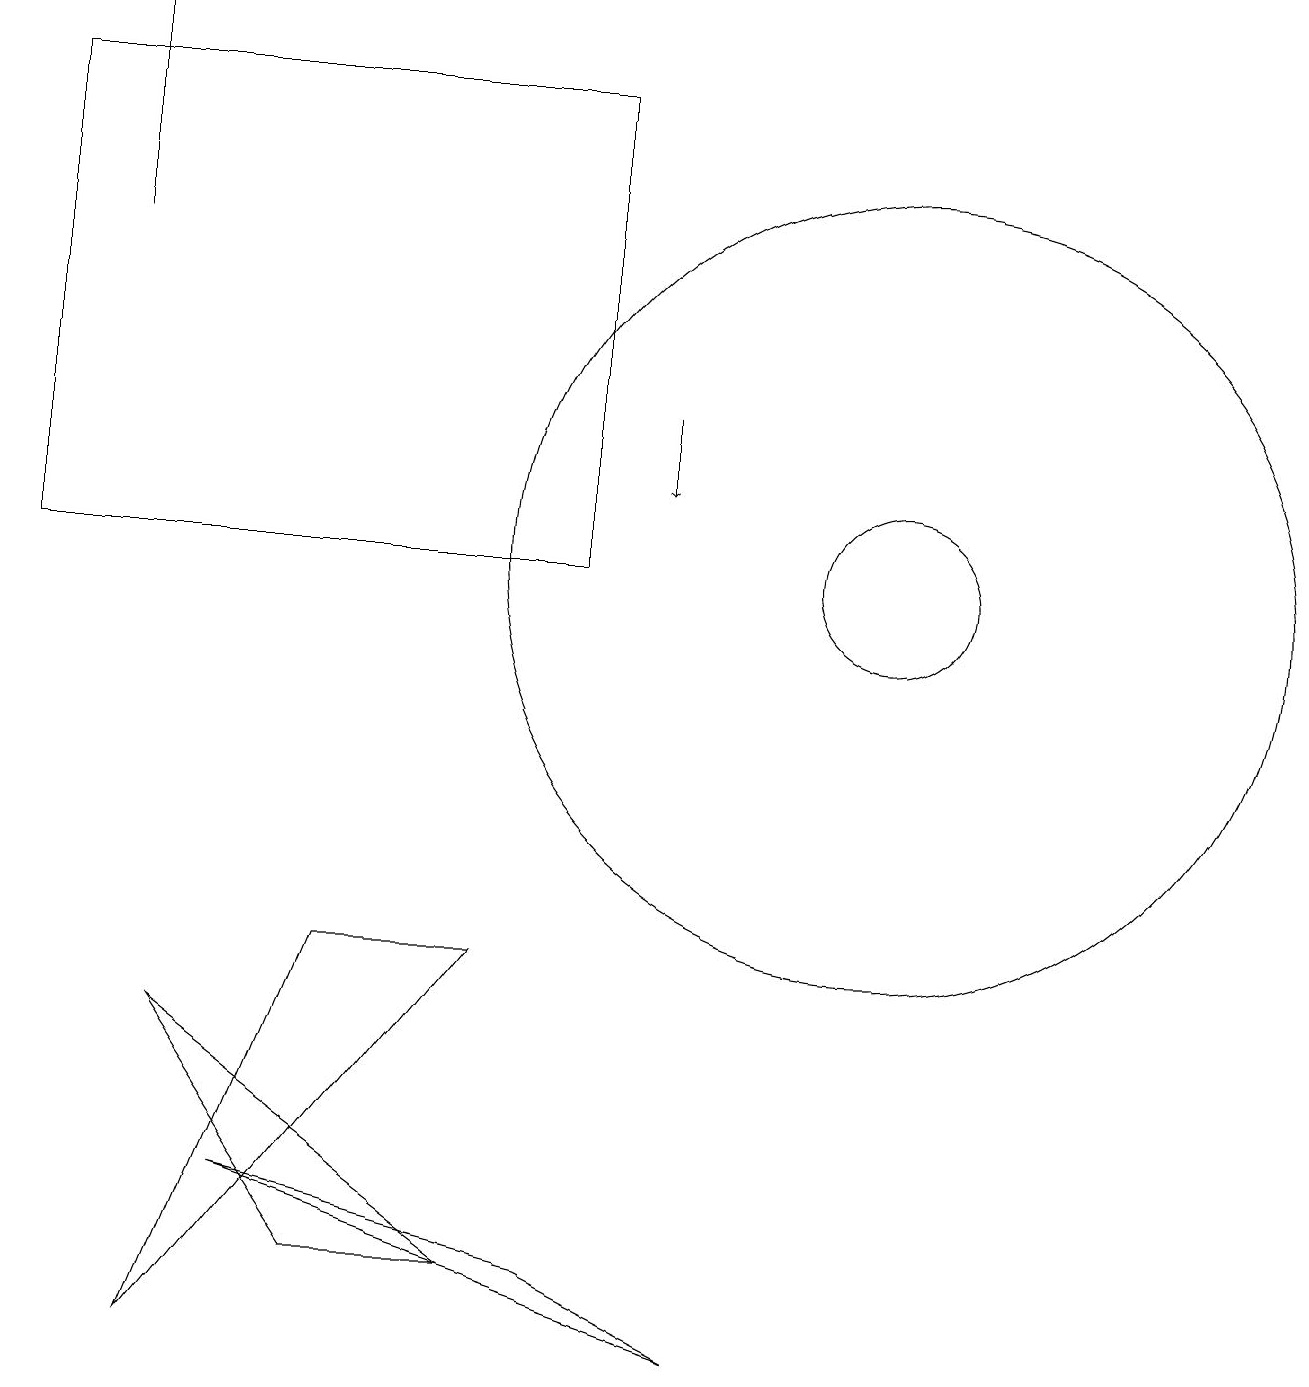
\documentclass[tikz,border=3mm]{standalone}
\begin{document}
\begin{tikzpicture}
\draw[->] (8,12) -- (8,11);
\draw (11,10) circle (5);
\draw (7,1) -- (9,0) -- (3,2) -- cycle;
\draw (1,14) rectangle (1,17);
\draw (4,5) -- (6,5) -- (2,0) -- cycle;
\draw (4,1) -- (6,1) -- (2,4) -- cycle;
\draw (11,10) circle (1);
\draw (7,10) rectangle (0,16);
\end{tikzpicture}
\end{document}